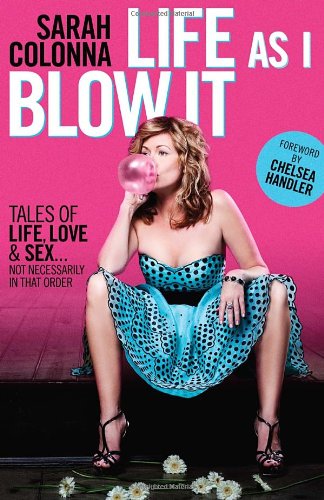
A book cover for Life As I Blow It: Tales of Love, Life & Sex . . . Not Necessarily in That Order; Sarah Colonna; Humor & Entertainment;